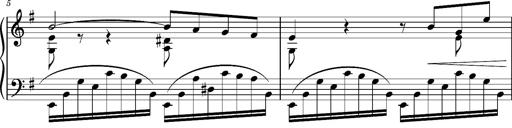
Title: Album-Leaf 'Agitato in G major' (S.167l/1)
Composer: Franz Liszt
Key: G major (S.167l/1)